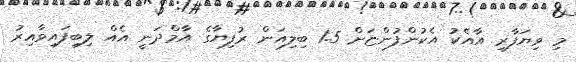
މި ވިޔަފާރި އާއެކު އެކުންފުންޏަށް 1.5 ބިލިއަން ރުފިޔާގެ އާމްދަނީ އެއް ލިބިފައިވާއިރު